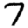
Digit: 7